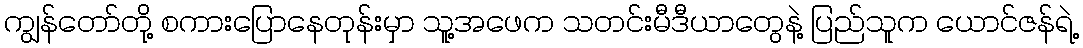
ကျွန်တော်တို့ စကားပြောနေတုန်းမှာ သူ့အဖေက သတင်းမီဒီယာတွေနဲ့ ပြည်သူက ယောင်ဇန်ရဲ့